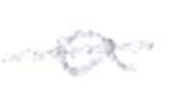
Text: a
Cross-out: single-line
Writing tool: pencil